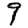
Digit: 9